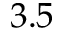
3 . 5